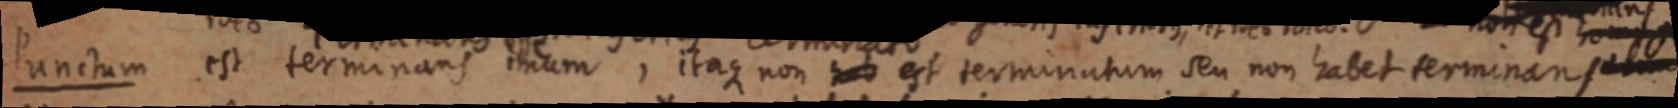
Punctum est terminans imum, itaque non hab est terminatum seu non habet terminans